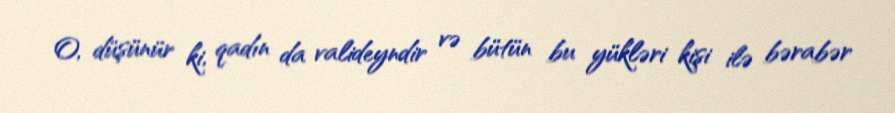
O, düşünür ki, qadın da valideyndir və bütün bu yükləri kişi ilə bərabər